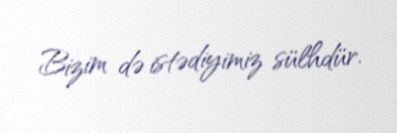
Bizim də istədiyimiz sülhdür.